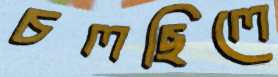
চলছিলে